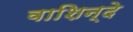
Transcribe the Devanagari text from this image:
वाशिन्दे